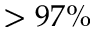
> 9 7 \%